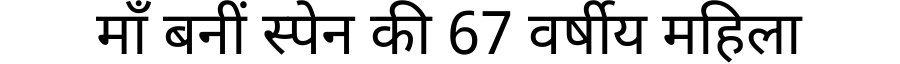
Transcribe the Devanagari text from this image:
माँ बनीं स्पेन की 67 वर्षीय महिला